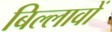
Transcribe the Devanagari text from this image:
बिल्लावों